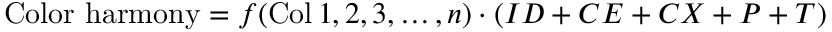
{ \mathrm { C o l o r ~ h a r m o n y } } = f ( \operatorname { C o l } 1 , 2 , 3 , \dots , n ) \cdot ( I D + C E + C X + P + T )